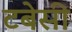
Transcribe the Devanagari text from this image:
टबेसी